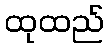
ထုထည်